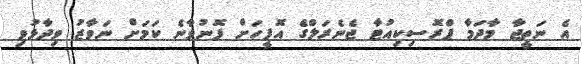
އެ ނަތީޖާ މާދަމާ ޕްރޮސިކިއުޓާ ޖެނެރަލްގެ އޮފީހަށް ފޮނުވާނެ ކަމަށް ނަވާޒު ވިދާޅުވި